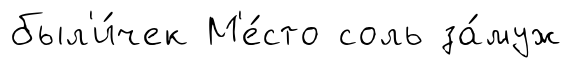
был'и́чек М'е́сто соль за́муж